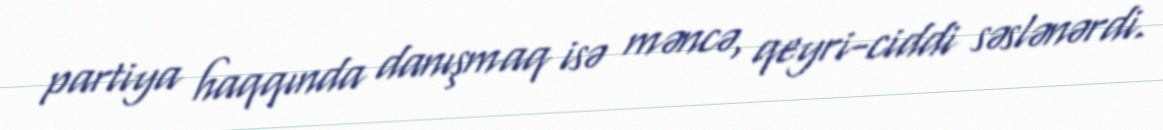
partiya haqqında danışmaq isə məncə, qeyri-ciddi səslənərdi.